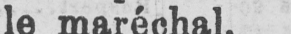
le maréchal.